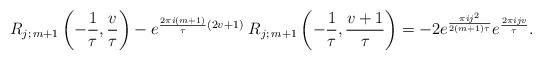
\begin{align*}\begin{array}{ll}R_{j;\,m+1}\left(-\dfrac{1}{\tau}, \dfrac{v}{\tau}\right)- e^{\frac{2\pi i (m+1)}{\tau} (2v+1)} \; R_{j;\,m+1} \left(-\dfrac{1}{\tau}, \dfrac{v+1}{\tau}\right) = -2 e^{\frac{\pi i j^2}{2(m+1)\tau}} e^{\frac{2\pi i j v}{\tau}}.\end{array}\end{align*}